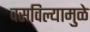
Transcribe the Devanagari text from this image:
वसविल्यामुळे